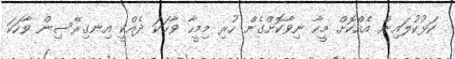
ކަޅުކުލައިން އެއްކޮށް މީހާ ނިވާކޮށްގެން ހުރި މިމީހާ ވާހަކަ ދެއްކީ އިނގިރޭސިން ވާހަކަ